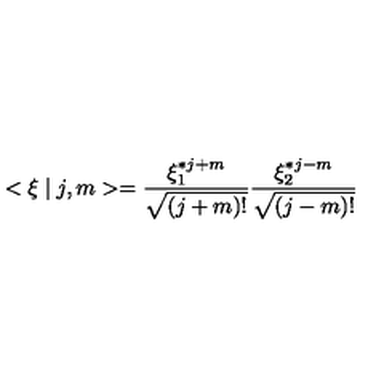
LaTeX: < \xi \mid j , m > = \frac { \xi _ { 1 } ^ { * j + m } } { \sqrt { ( j + m ) ! } } \frac { \xi _ { 2 } ^ { * j - m } } { \sqrt { ( j - m ) ! } }